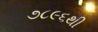
૭૮૯૬થી